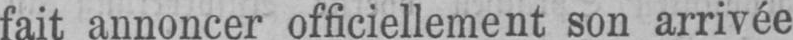
fait annoncer officiellement son arrivée